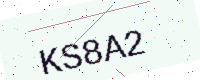
Text: KS8A2